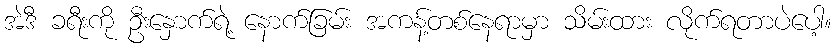
အဲဒီ ခရီးကို ဦးနှောက်ရဲ့ နောက်ခြမ်း အကန့်တစ်နေရာမှာ သိမ်းထား လိုက်ရတာပဲပေါ့။